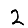
Digit: 2